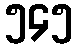
၅၄၅